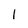
Character: l